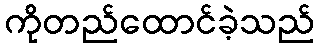
ကိုတည်ထောင်ခဲ့သည်